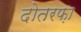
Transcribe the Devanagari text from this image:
दोतरफ़ा